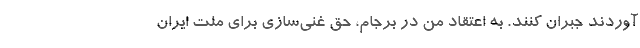
آوردند جبران کنند. به اعتقاد من در برجام، حق غنی‌سازی برای ملت ایران